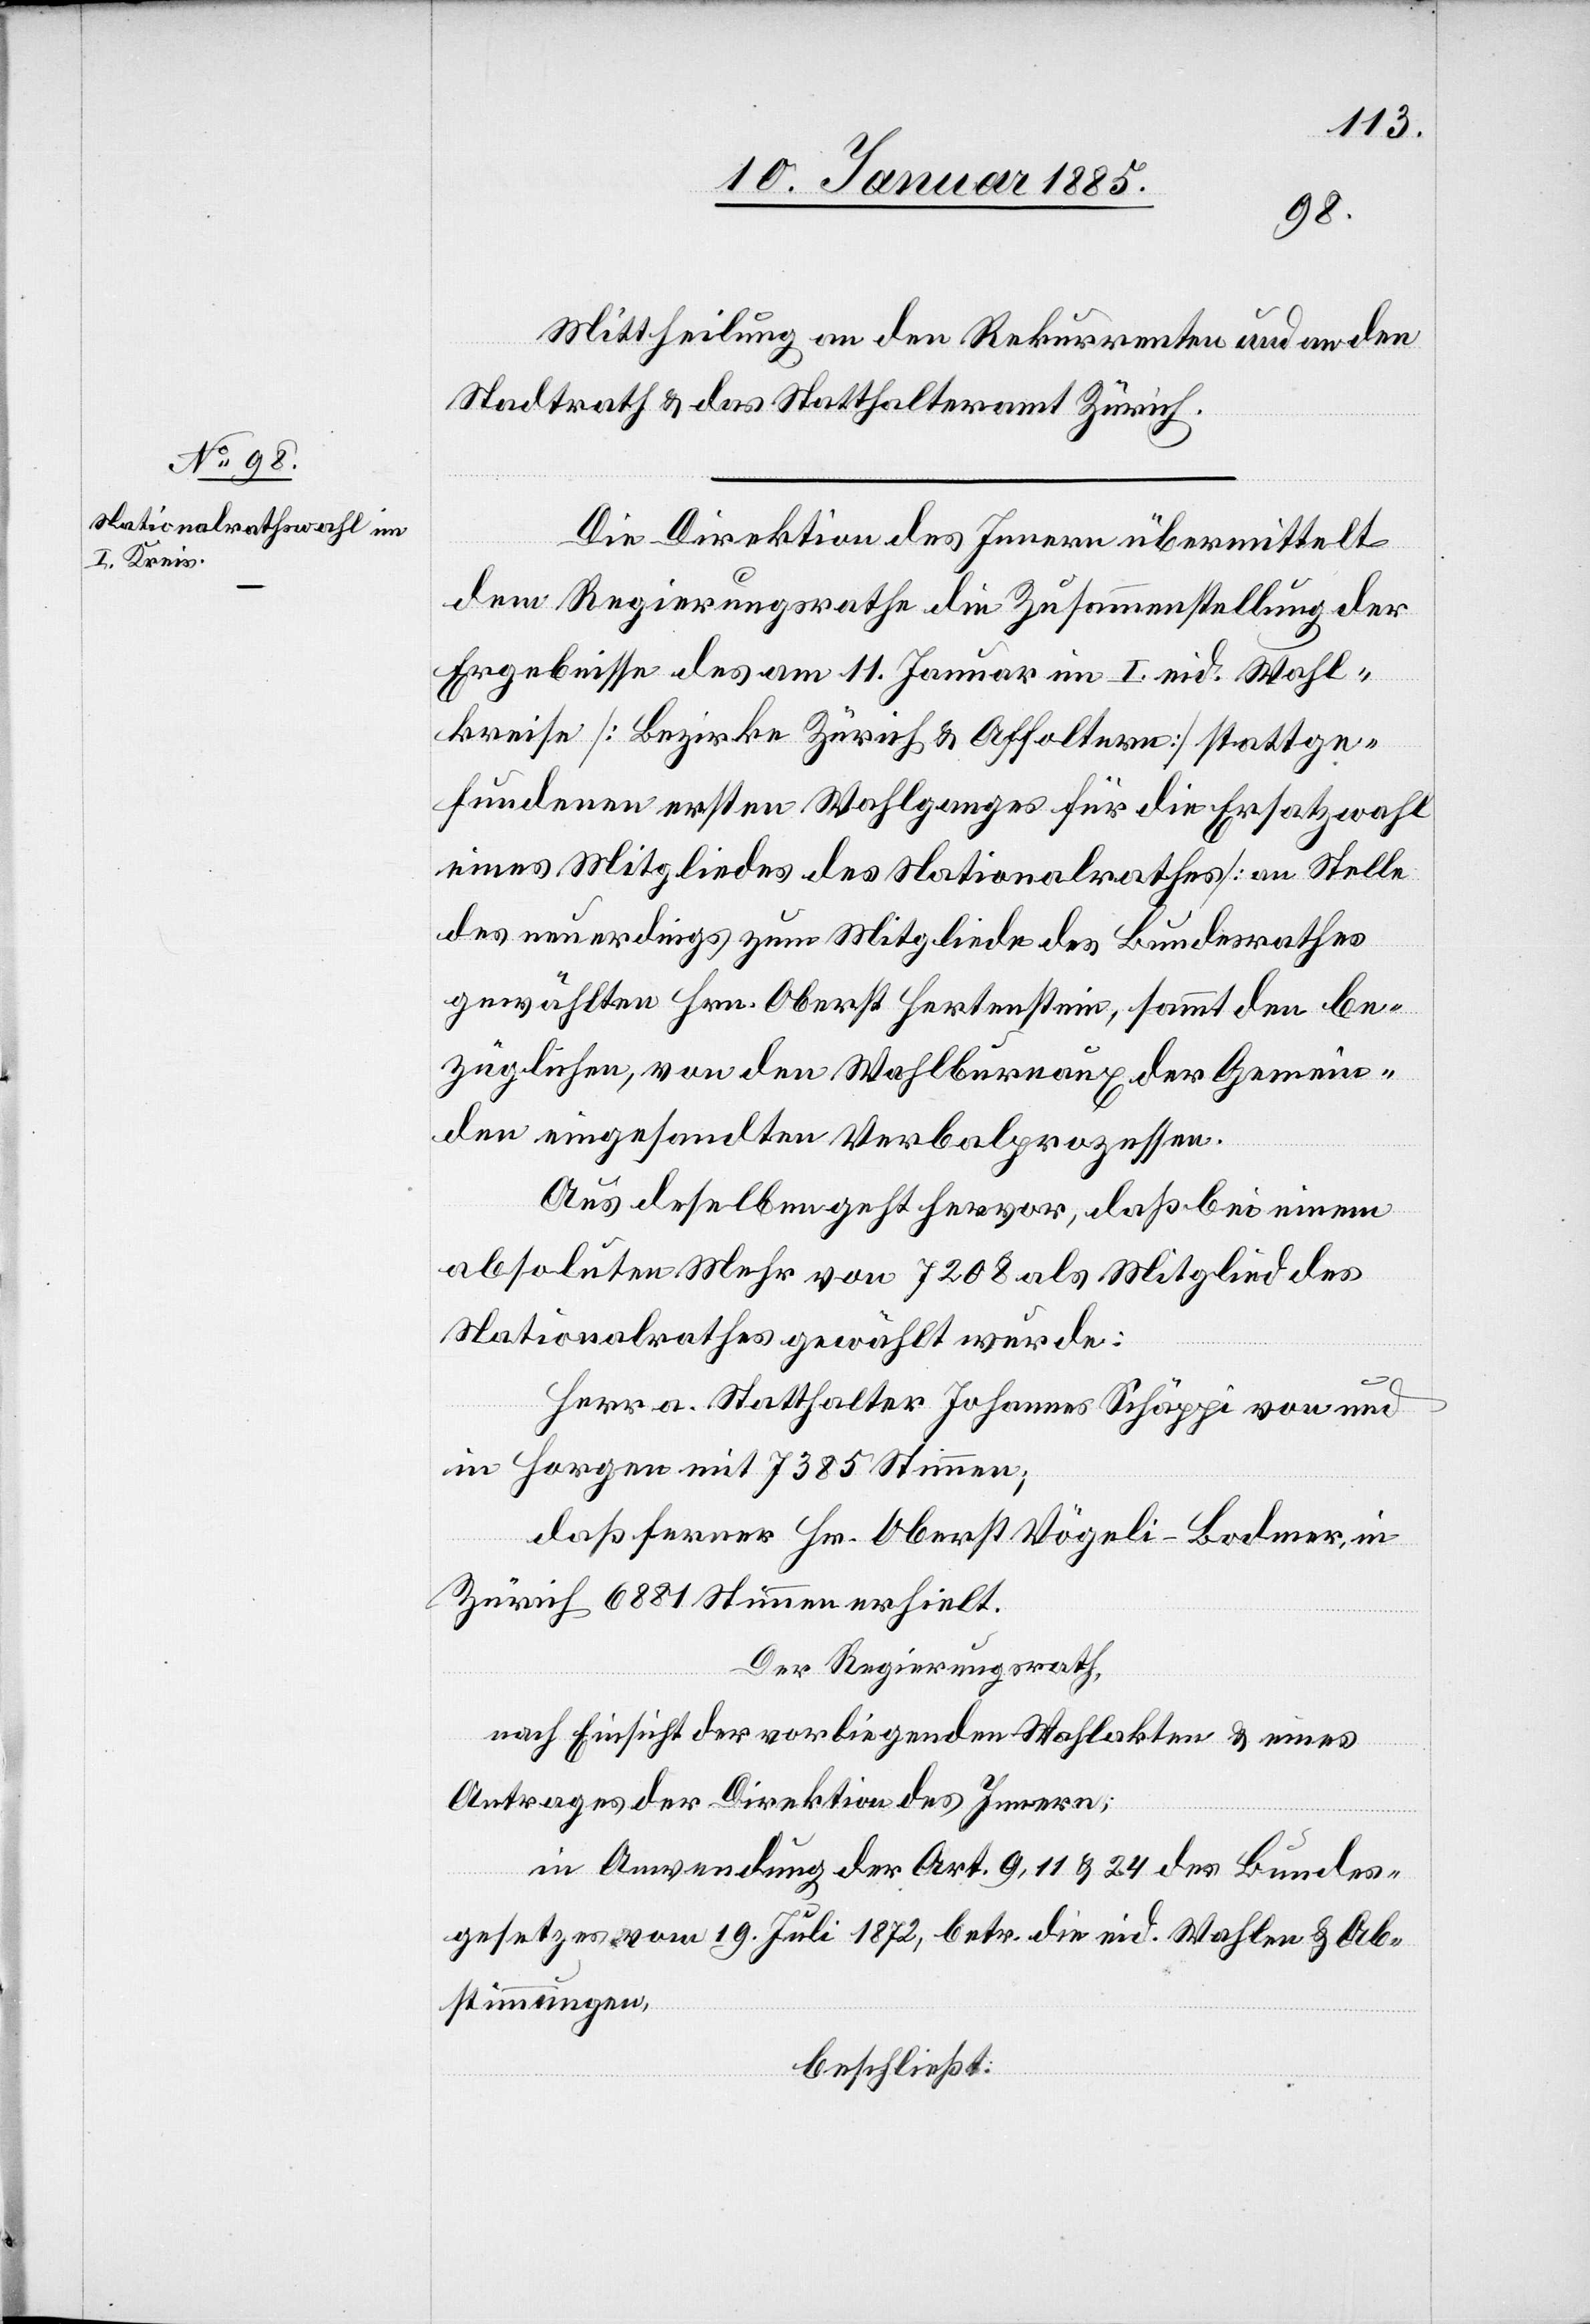
13. Januar 1885.]
Mittheilung an den Rekurrenten und an den
Stadtrath & das Statthalteramt Zürich.
Die Direktion des Innern übermittelt
dem Regierungsrathe die Zusammenstellung der
Ergebnisse des am 11. Januar im I. eid. Wahl¬
kreise [Bezirke Zürich & Affoltern] stattge¬
fundenen ersten Wahlganges für die Ersatzwahl
eines Mitgliedes des Nationalrathes [an Stelle
des neuerdings zum Mitgliede des Bundesrathes
gewählten Hrn. Oberst Hertenstein, sammt den be¬
züglichen, von den Wahlbureaux der Gemein¬
den eingesandten Verbalprozessen.
Aus de[n]selben geht hervor, daß bei einem
obsoleten Mehr von 7208 als Mitglied des
Nationalrathes gewählt werde:
Herr a. Statthalter Johannes Schäppi von und
in Horgen mit 7385 Stimmen;
daß ferner Hr. Oberst Vögeli-Bodmer, in
Zürich 6881 Stimmen erhielt.
Der Regierungsrath,
nach Einsicht der vorliegenden Wahlakten & eines
Antrages der Direktion des Innern;
in Anwendung der Art. 9, 11 & 24 des Bundes¬
gesetzes vom 19. Juli 1872, betr. die eid. Wahlen & Ab¬
stimmungen,
beschließt: